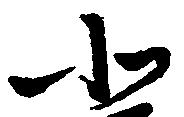
北